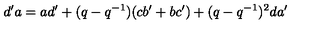
d ^ { \prime } a = a d ^ { \prime } + ( q - q ^ { - 1 } ) ( c b ^ { \prime } + b c ^ { \prime } ) + ( q - q ^ { - 1 } ) ^ { 2 } d a ^ { \prime }